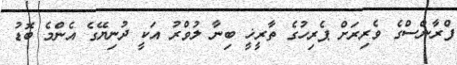
ފްރާންސްގެ ވެރިރަށް ޕެރިހުގެ ތާރީޚީ ބިނާ ލުވްރު އަކީ ދުނިޔޭގެ އެންމެ ބޮޑު